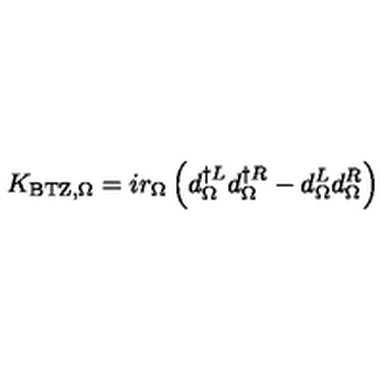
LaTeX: K _ { \mathrm { { B T Z } , \Omega } } = i r _ { \Omega } \left( d _ { \Omega } ^ { \dagger L } d _ { \Omega } ^ { \dagger R } - d _ { \Omega } ^ { L } d _ { \Omega } ^ { R } \right)